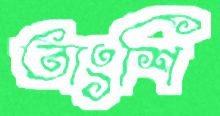
তাংশি